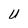
Character: U